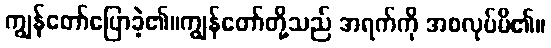
ကျွန်တော်ပြောခဲ့၏။ကျွန်တော်တို့သည် အရက်ကို အစလုပ်မိ၏။